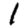
Digit: 1